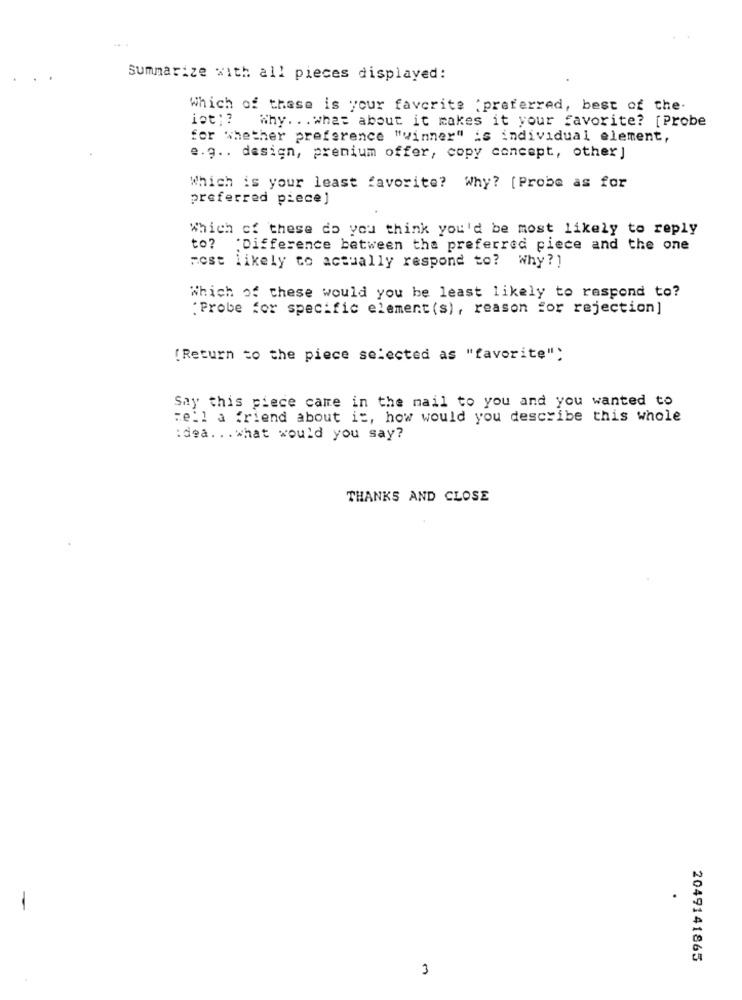
Summarize with all pieces displayed:
Which of these is your favorite :preferred, best of the.
iot :?
Why. .. what about it makes it your favorite? [Probe
for whether preference "winner" is individual element,
e.g .. design, premium offer, copy concept, other ]
Which is your least favorite? Why? [Probe as for
preferred piece]
Which of these do you think you'd be most likely to reply
to? 'Difference between the preferred piece and the one
most likely to actually respond to? why?]
Which of these would you be least likely to respond to?
"Probe for specific element (s), reason for rejection]
[Return to the piece selected as "favorite":
Say this piece came in the mail to you and you wanted to
tell a friend about it, how would you describe this whole
:dea ... what would you say?
THANKS AND CLOSE
.
2049141865
3